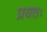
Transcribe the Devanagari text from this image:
प्रयतः